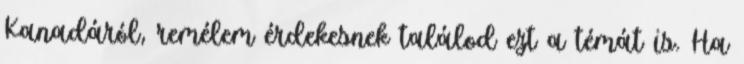
Kanadáról, remélem érdekesnek találod ezt a témát is. Ha